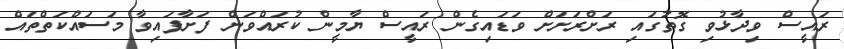
ރައީސް ވިދާޅުވި ގޮތުގައި ރަށްރަށަށް ވަޑައިގެން ރައީސް ޔާމީން ކުރައްވަން ފަށާފައިވާ މަސައްކަތްތައް